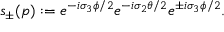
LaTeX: s _ { \pm } ( p ) : = e ^ { - i \sigma _ { 3 } \phi / 2 } e ^ { - i \sigma _ { 2 } \theta / 2 } e ^ { \pm i \sigma _ { 3 } \phi / 2 } .